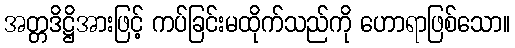
အတ္တဒိဋ္ဌိအားဖြင့် ကပ်ခြင်းမထိုက်သည်ကို ဟောရာဖြစ်သော။